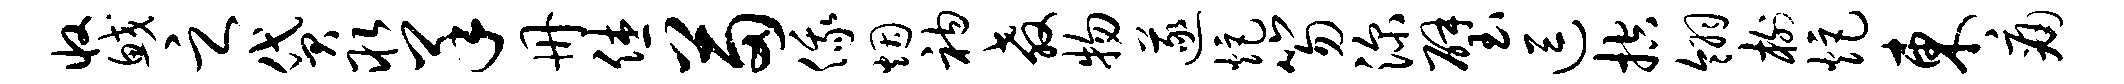
收鲛之贷取羊册休苗俄烟衲教物遂炬笏深璧逗控翎榭炬东痛